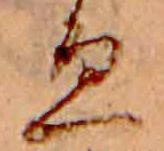
ゑ